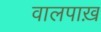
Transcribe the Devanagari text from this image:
वालपाख़